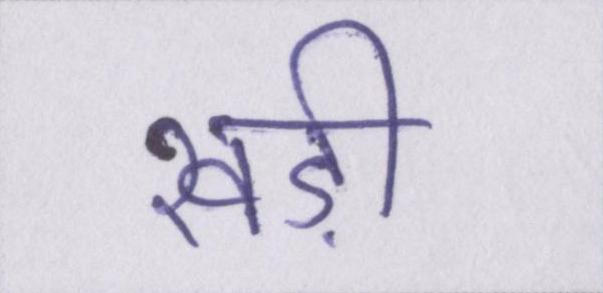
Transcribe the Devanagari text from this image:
खड़ी